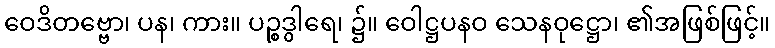
ဝေဒိတဗ္ဗော၊ ပန၊ ကား။ ပဉ္စဒွါရေ၊ ၌။ ဝေါဋ္ဌပနဝ သေနဝုဋ္ဌော၊ ၏အဖြစ်ဖြင့်။